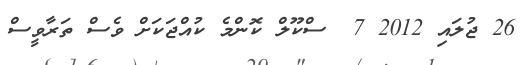
26 ޖުލައި 2012 7  ސްކޫލް ކޮންމެ ކުއްޖަކަށް ވެސް ތަރާވީސް